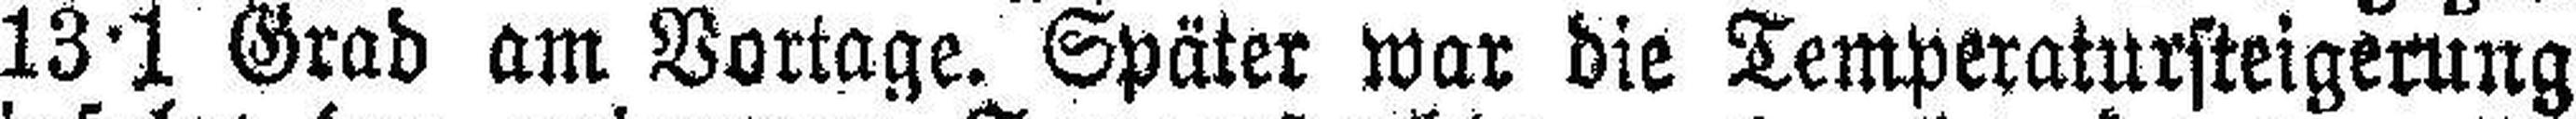
13·1 Grad am Vortage. Später war die Temperatursteigerung